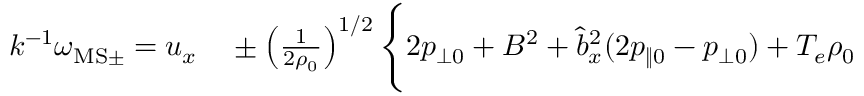
\begin{array} { r l } { k ^ { - 1 } \omega _ { \mathrm { M S } \pm } = u _ { x } } & { { } \pm \left( \frac { 1 } { 2 \rho _ { 0 } } \right) ^ { 1 / 2 } \Bigg \{ 2 p _ { \perp 0 } + B ^ { 2 } + \hat { b } _ { x } ^ { 2 } ( 2 p _ { \| 0 } - p _ { \perp 0 } ) + T _ { e } \rho _ { 0 } } \end{array}